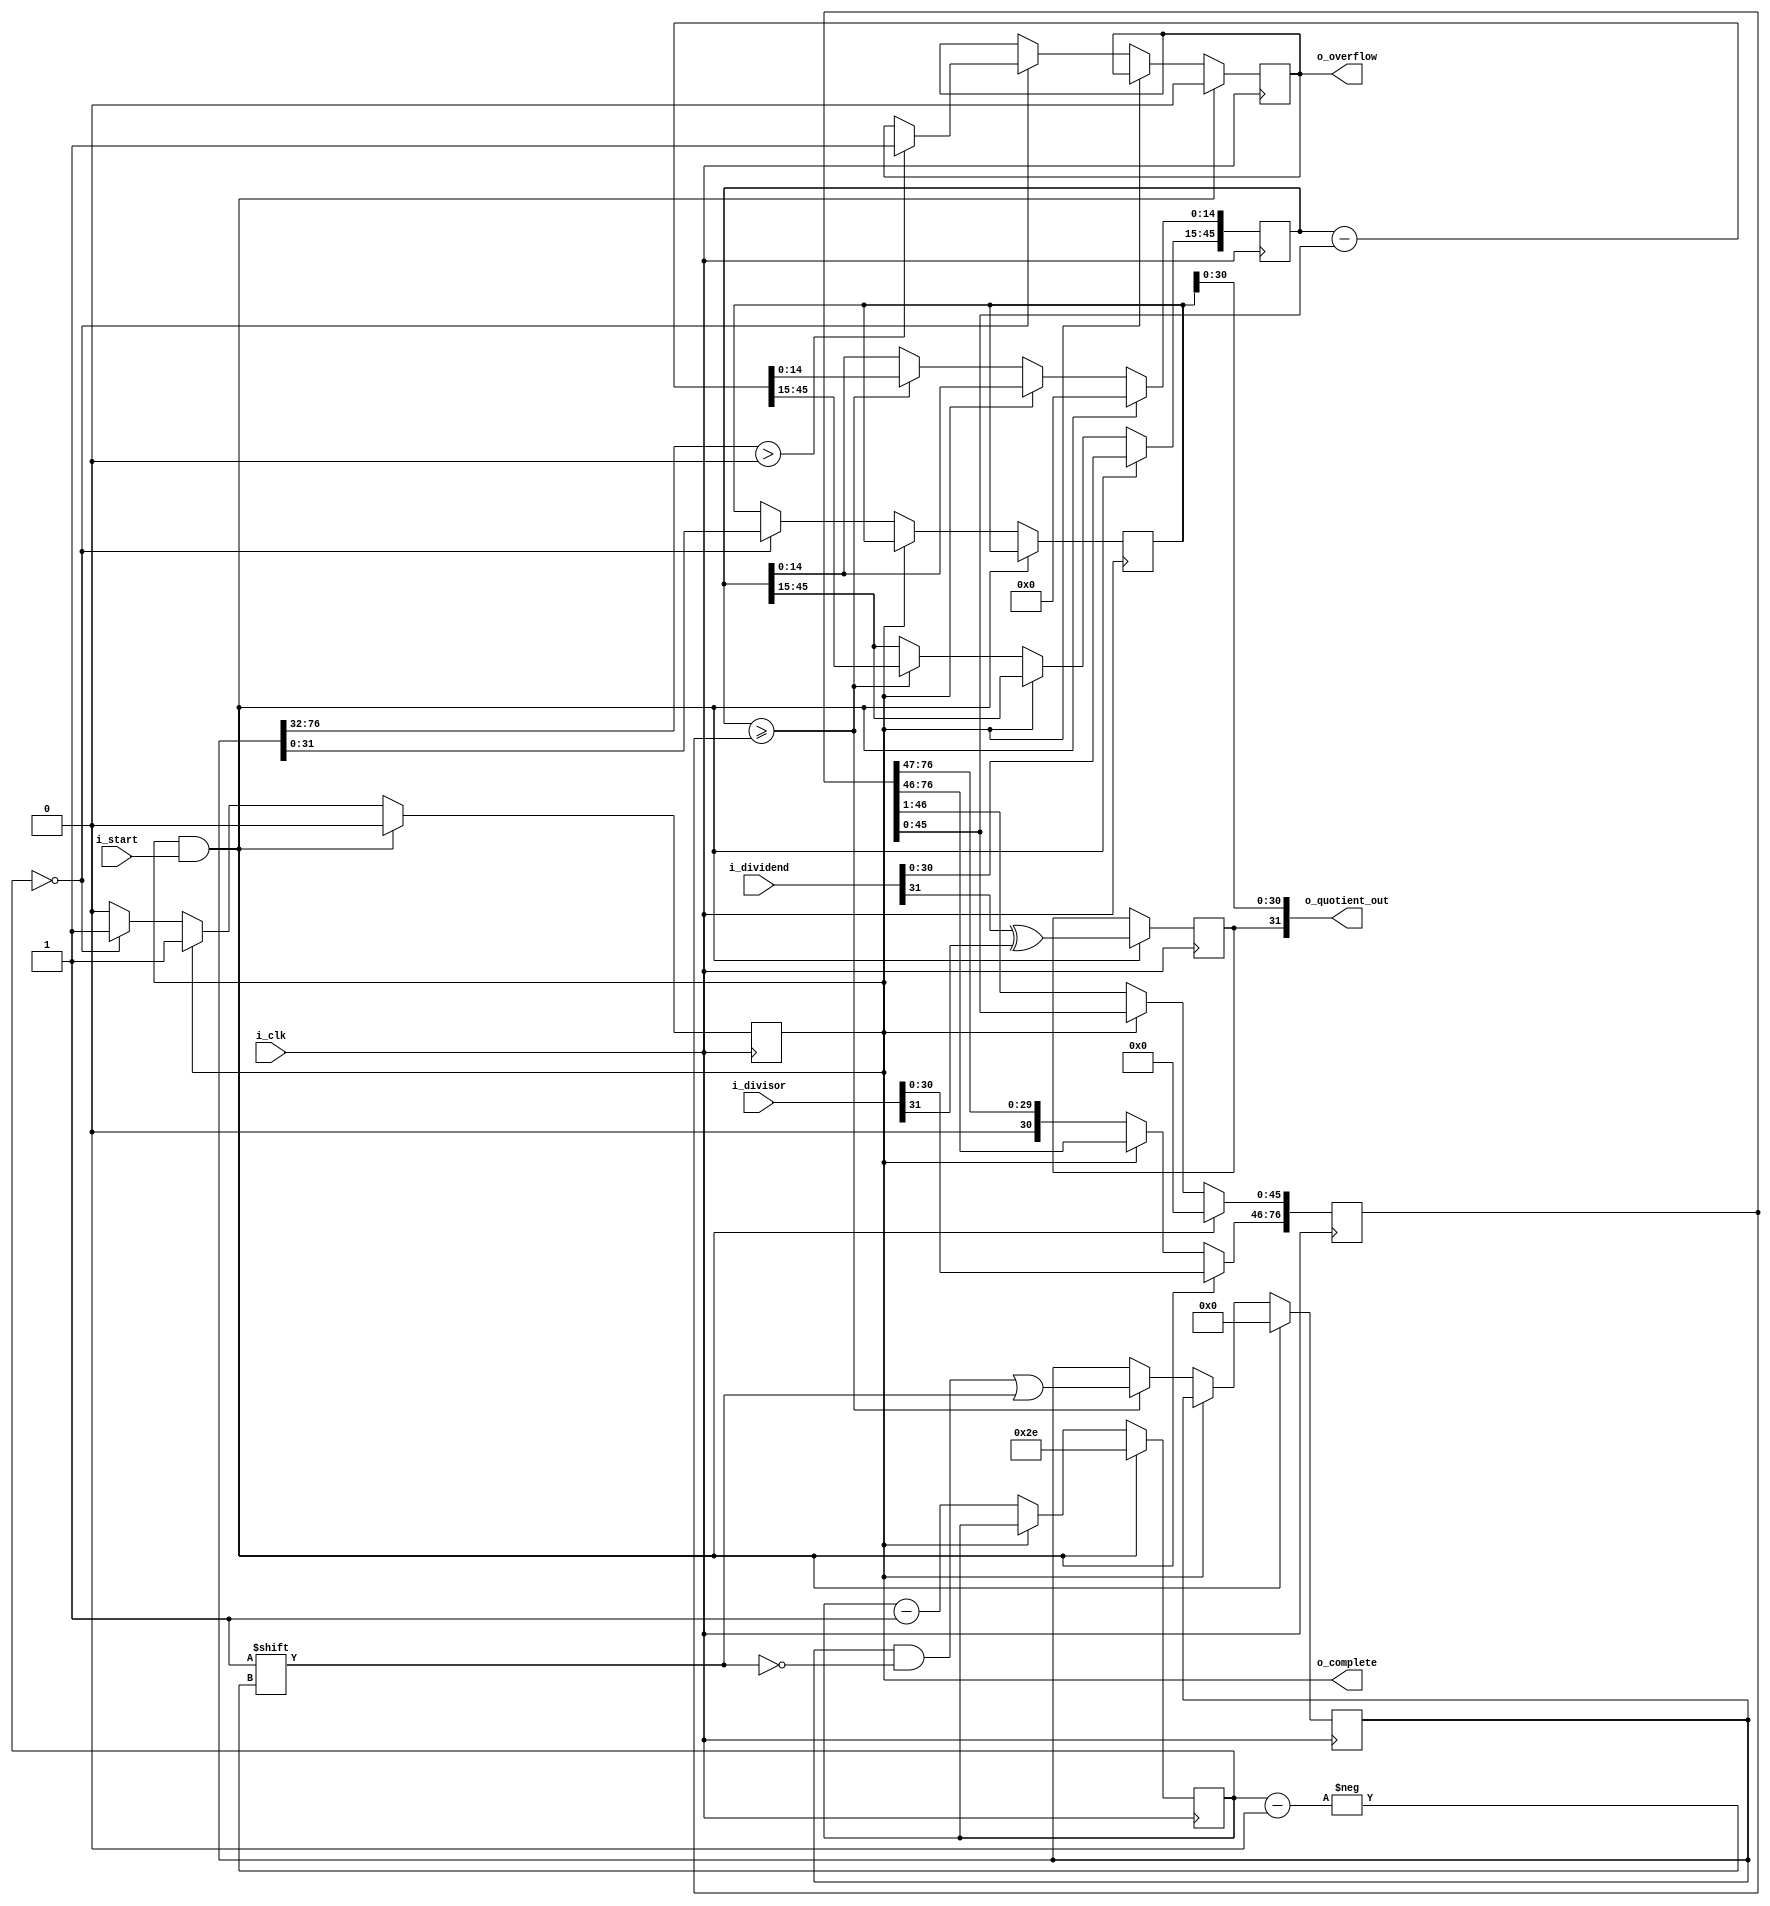
`timescale 1ns / 1ps
//////////////////////////////////////////////////////////////////////////////////
// Company: 			Burke
// 
// Design Name: 	
// Module Name:		qdiv.v
// Project Name:		Fixed-point Math Library (Verilog)
// Target Devices: 
// Tool versions:		Xilinx ISE WebPack v14.7
// Description: 		Fixed-point division in (Q,N) format
//
// Dependencies: 
//
// Revision: 
// Revision 0.01 - File Created
//	Revision 0.02 - 25 May 2014
//							Updated to fix an error
//
// Additional Comments: Based on my description on youtube:
//			http://youtu.be/TEnaPMYiuR8
//
//////////////////////////////////////////////////////////////////////////////////
 
module qdiv #(
	//Parameterized values
	parameter Q = 15,
	parameter N = 32
	)
	(
	input 	[N-1:0] i_dividend,
	input 	[N-1:0] i_divisor,
	input 	i_start,
	input 	i_clk,
	output 	[N-1:0] o_quotient_out,
	output 	o_complete,
	output	o_overflow
	);
 
	reg [2*N+Q-3:0]	reg_working_quotient;	//	Our working copy of the quotient
	reg [N-1:0] 		reg_quotient;				//	Final quotient
	reg [N-2+Q:0] 		reg_working_dividend;	//	Working copy of the dividend
	reg [2*N+Q-3:0]	reg_working_divisor;		// Working copy of the divisor
 
	reg [N-1:0] 			reg_count; 		//	This is obviously a lot bigger than it needs to be, as we only need 
													//		count to N-1+Q but, computing that number of bits requires a 
													//		logarithm (base 2), and I don't know how to do that in a 
													//		way that will work for everyone
										 
	reg					reg_done;			//	Computation completed flag
	reg					reg_sign;			//	The quotient's sign bit
	reg					reg_overflow;		//	Overflow flag
 
	initial reg_done = 1'b1;				//	Initial state is to not be doing anything
	initial reg_overflow = 1'b0;			//		And there should be no woverflow present
	initial reg_sign = 1'b0;				//		And the sign should be positive

	initial reg_working_quotient = 0;	
	initial reg_quotient = 0;				
	initial reg_working_dividend = 0;	
	initial reg_working_divisor = 0;		
 	initial reg_count = 0; 		

 
	assign o_quotient_out[N-2:0] = reg_quotient[N-2:0];	//	The division results
	assign o_quotient_out[N-1] = reg_sign;						//	The sign of the quotient
	assign o_complete = reg_done;
	assign o_overflow = reg_overflow;
 
	always @( posedge i_clk ) begin
		if( reg_done && i_start ) begin										//	This is our startup condition
			//  Need to check for a divide by zero right here, I think....
			reg_done <= 1'b0;												//	We're not done			
			reg_count <= N+Q-1;											//	Set the count
			reg_working_quotient <= 0;									//	Clear out the quotient register
			reg_working_dividend <= 0;									//	Clear out the dividend register 
			reg_working_divisor <= 0;									//	Clear out the divisor register 
			reg_overflow <= 1'b0;										//	Clear the overflow register

			reg_working_dividend[N+Q-2:Q] <= i_dividend[N-2:0];				//	Left-align the dividend in its working register
			reg_working_divisor[2*N+Q-3:N+Q-1] <= i_divisor[N-2:0];		//	Left-align the divisor into its working register

			reg_sign <= i_dividend[N-1] ^ i_divisor[N-1];		//	Set the sign bit
			end 
		else if(!reg_done) begin
			reg_working_divisor <= reg_working_divisor >> 1;	//	Right shift the divisor (that is, divide it by two - aka reduce the divisor)
			reg_count <= reg_count - 1;								//	Decrement the count

			//	If the dividend is greater than the divisor
			if(reg_working_dividend >= reg_working_divisor) begin
				reg_working_quotient[reg_count] <= 1'b1;										//	Set the quotient bit
				reg_working_dividend <= reg_working_dividend - reg_working_divisor;	//		and subtract the divisor from the dividend
				end
 
			//stop condition
			if(reg_count == 0) begin
				reg_done <= 1'b1;										//	If we're done, it's time to tell the calling process
				reg_quotient <= reg_working_quotient;			//	Move in our working copy to the outside world
				if (reg_working_quotient[2*N+Q-3:N]>0)
					reg_overflow <= 1'b1;
					end
			else
				reg_count <= reg_count - 1;	
			end
		end
endmodule